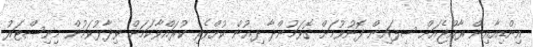
އިންޑިއާއިން ރާއްޖެއަށް ސިފައިން ފޮނުވުމަށް ގޮވަމުންދާ ދިއުން ކުށްވެރި ކުރައްވާކަމަށް ވިދާޅުވަމުން މިނިސްޓަރު